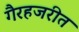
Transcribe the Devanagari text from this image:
गैरहजरीत